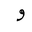
Letter: _waw